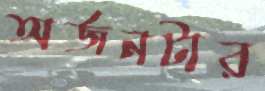
অর্জনটার